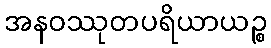
အနဝဿုတပရိယာယဉ္စ